255_413270_UFO's_and_Defense_What_Should_we_Prepare_For
Agency: NASA
Page 77
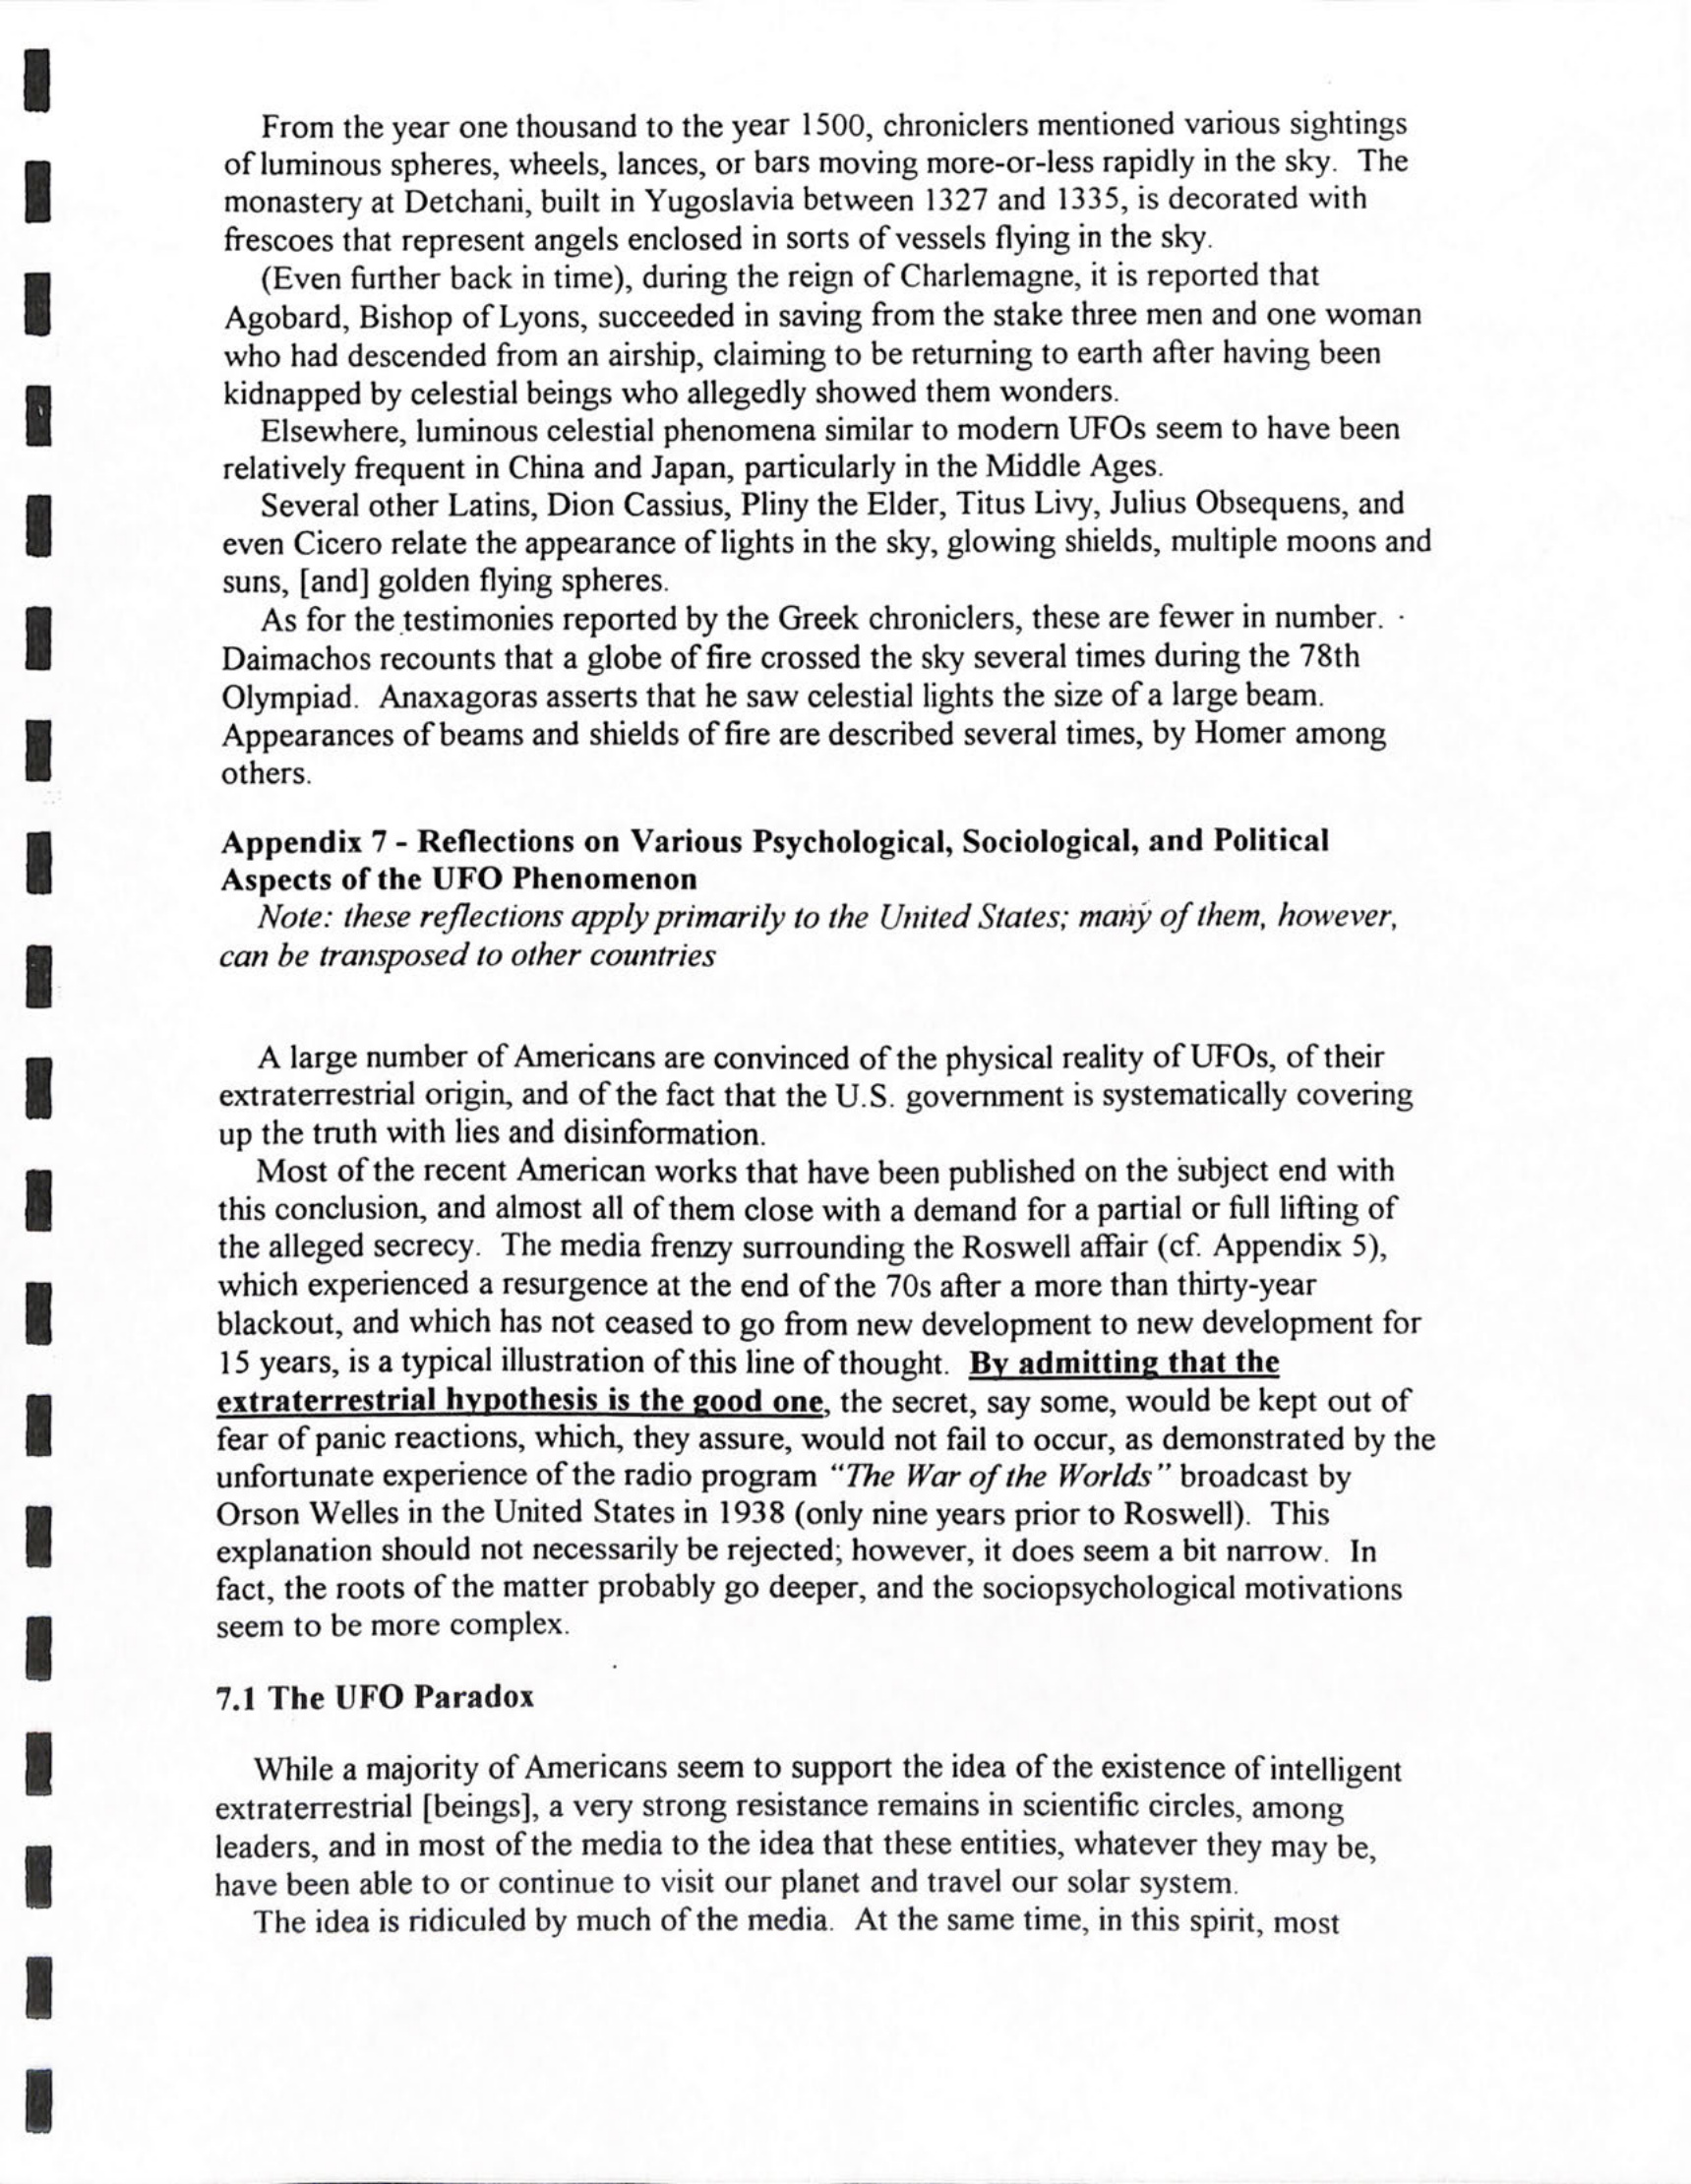